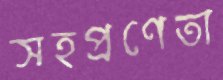
সহপ্রণেতা